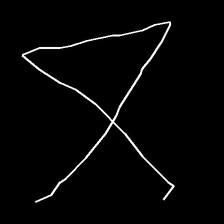
Glyph: collection